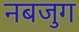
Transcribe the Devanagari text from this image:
नबजुग